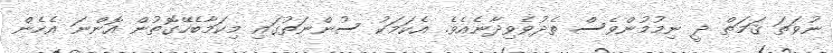
ނުވަތަ ޤަމަތް ދީ ނިމުމުންވެސް ތެދުވެވިދާނެއެވެ. އެކަމަކު ސުންނަތުގައި މިކަމާބެހޭގޮތުން އޮންނަ އެހެން